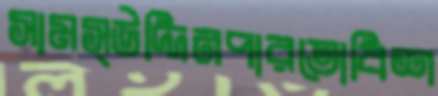
সামস্উদ্দিনপারতোবিশ